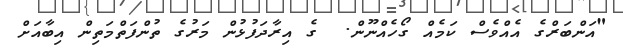
"އަންބަރްގެ އެއްވެސް ކަމެއް ގޯހެއްނޫން.  ގެ އިރާދަފުޅުން މަރުގެ ތުންފަތްމަތިން އިބާއަށް